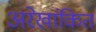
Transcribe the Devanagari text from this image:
अरेखांकित